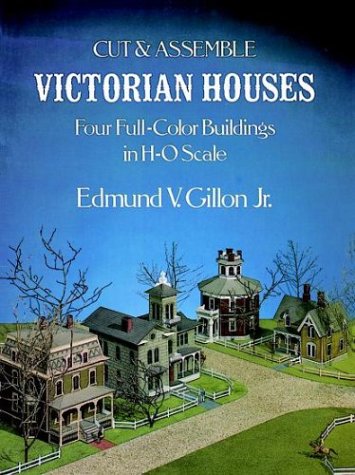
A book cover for Cut & Assemble Victorian Houses (Cut & Assemble Buildings in H-O Scale); Edmund V. Gillon Jr.; Teen & Young Adult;